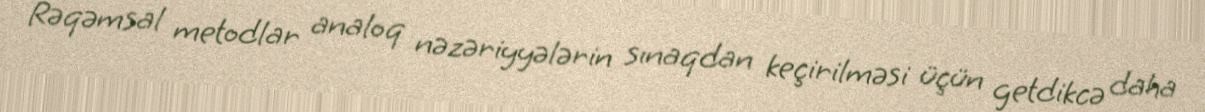
Rəqəmsal metodlar analoq nəzəriyyələrin sınaqdan keçirilməsi üçün getdikcə daha